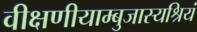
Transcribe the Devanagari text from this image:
वीक्षणीयाम्बुजास्यश्रियं